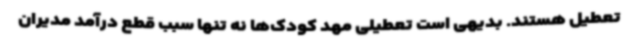
تعطیل هستند. بدیهی است تعطیلی مهد کودک‌ها نه تنها سبب قطع درآمد مدیران